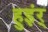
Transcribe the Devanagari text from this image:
हुइंर्